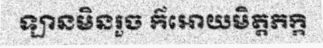
ឡានមិនរួច ក៌អោយមិត្តភក្កិ